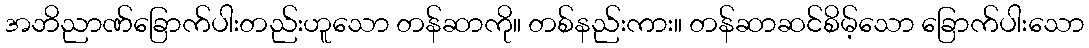
အဘိညာဏ်ခြောက်ပါးတည်းဟူသော တန်ဆာကို။ တစ်နည်းကား။ တန်ဆာဆင်စိမ့်သော ခြောက်ပါးသော